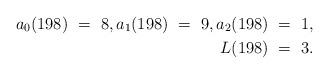
LaTeX: \begin{align*} a_0(198) \ =\ 8,a_1(198) \ =\ 9,a_2(198) \ =\ 1,\\ L(198) \ =\ 3. \end{align*}